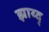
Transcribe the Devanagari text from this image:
झाय्द्